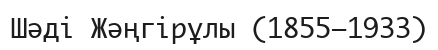
Шәді Жәңгірұлы (1855—1933)